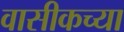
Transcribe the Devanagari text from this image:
वासीकच्या